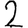
Digit: 2